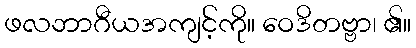
ဖလဘာဂီယအကျင့်ကို။ ဝေဒိတဗ္ဗာ၊ ၏။